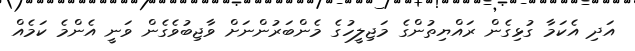
އަދި އެކަމާ ގުޅިގެން ރައްޔިތުންގެ މަޖިލީހުގެ މެންބަރުންނަށް ވާޖިބުވެގެން ވަނީ އެންމެ ކަމެއް